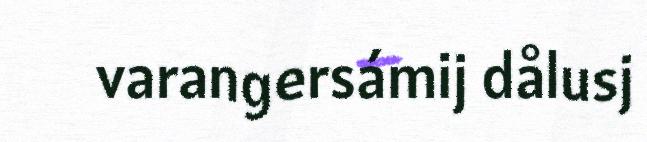
varangersámij dålusj